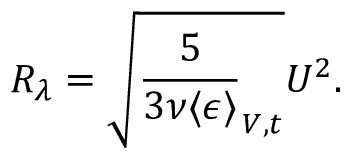
R _ { \lambda } = \sqrt { \frac { 5 } { 3 \nu \langle \epsilon \rangle } _ { V , t } } U ^ { 2 } .